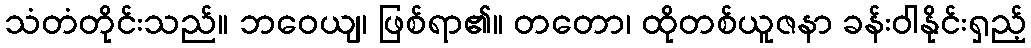
သံတံတိုင်းသည်။ ဘဝေယျ၊ ဖြစ်ရာ၏။ တတော၊ ထိုတစ်ယူဇနာ ခန်းဝါနိုင်းရှည့်